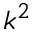
k ^ { 2 }